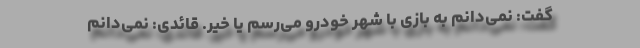
گفت: نمی‌دانم به بازی با شهر خودرو می‌رسم یا خیر. قائدی: نمی‌دانم